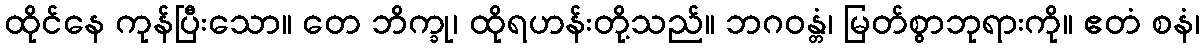
ထိုင်နေ ကုန်ပြီးသော။ တေ ဘိက္ခု၊ ထိုရဟန်းတို့သည်။ ဘဂဝန္တံ၊ မြတ်စွာဘုရားကို။ ဧတံ စနံ၊